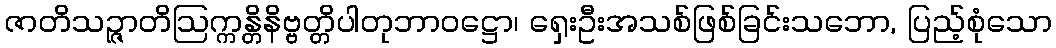
ဇာတိသဉ္ဇာတိဩက္ကန္တိနိဗ္ဗတ္တိပါတုဘာဝဋ္ဌော၊ ရှေးဦးအသစ်ဖြစ်ခြင်းသဘော, ပြည့်စုံသော